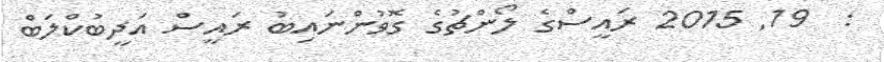
:  19